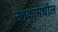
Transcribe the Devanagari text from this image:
उतकांमधील